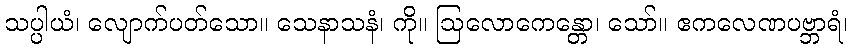
သပ္ပါယံ၊ လျောက်ပတ်သော။ သေနာသနံ၊ ကို။ ဩလောကေန္တော၊ သော်။ ဧကလေဏပဗ္ဘာရံ၊